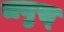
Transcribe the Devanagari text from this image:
जयुस्